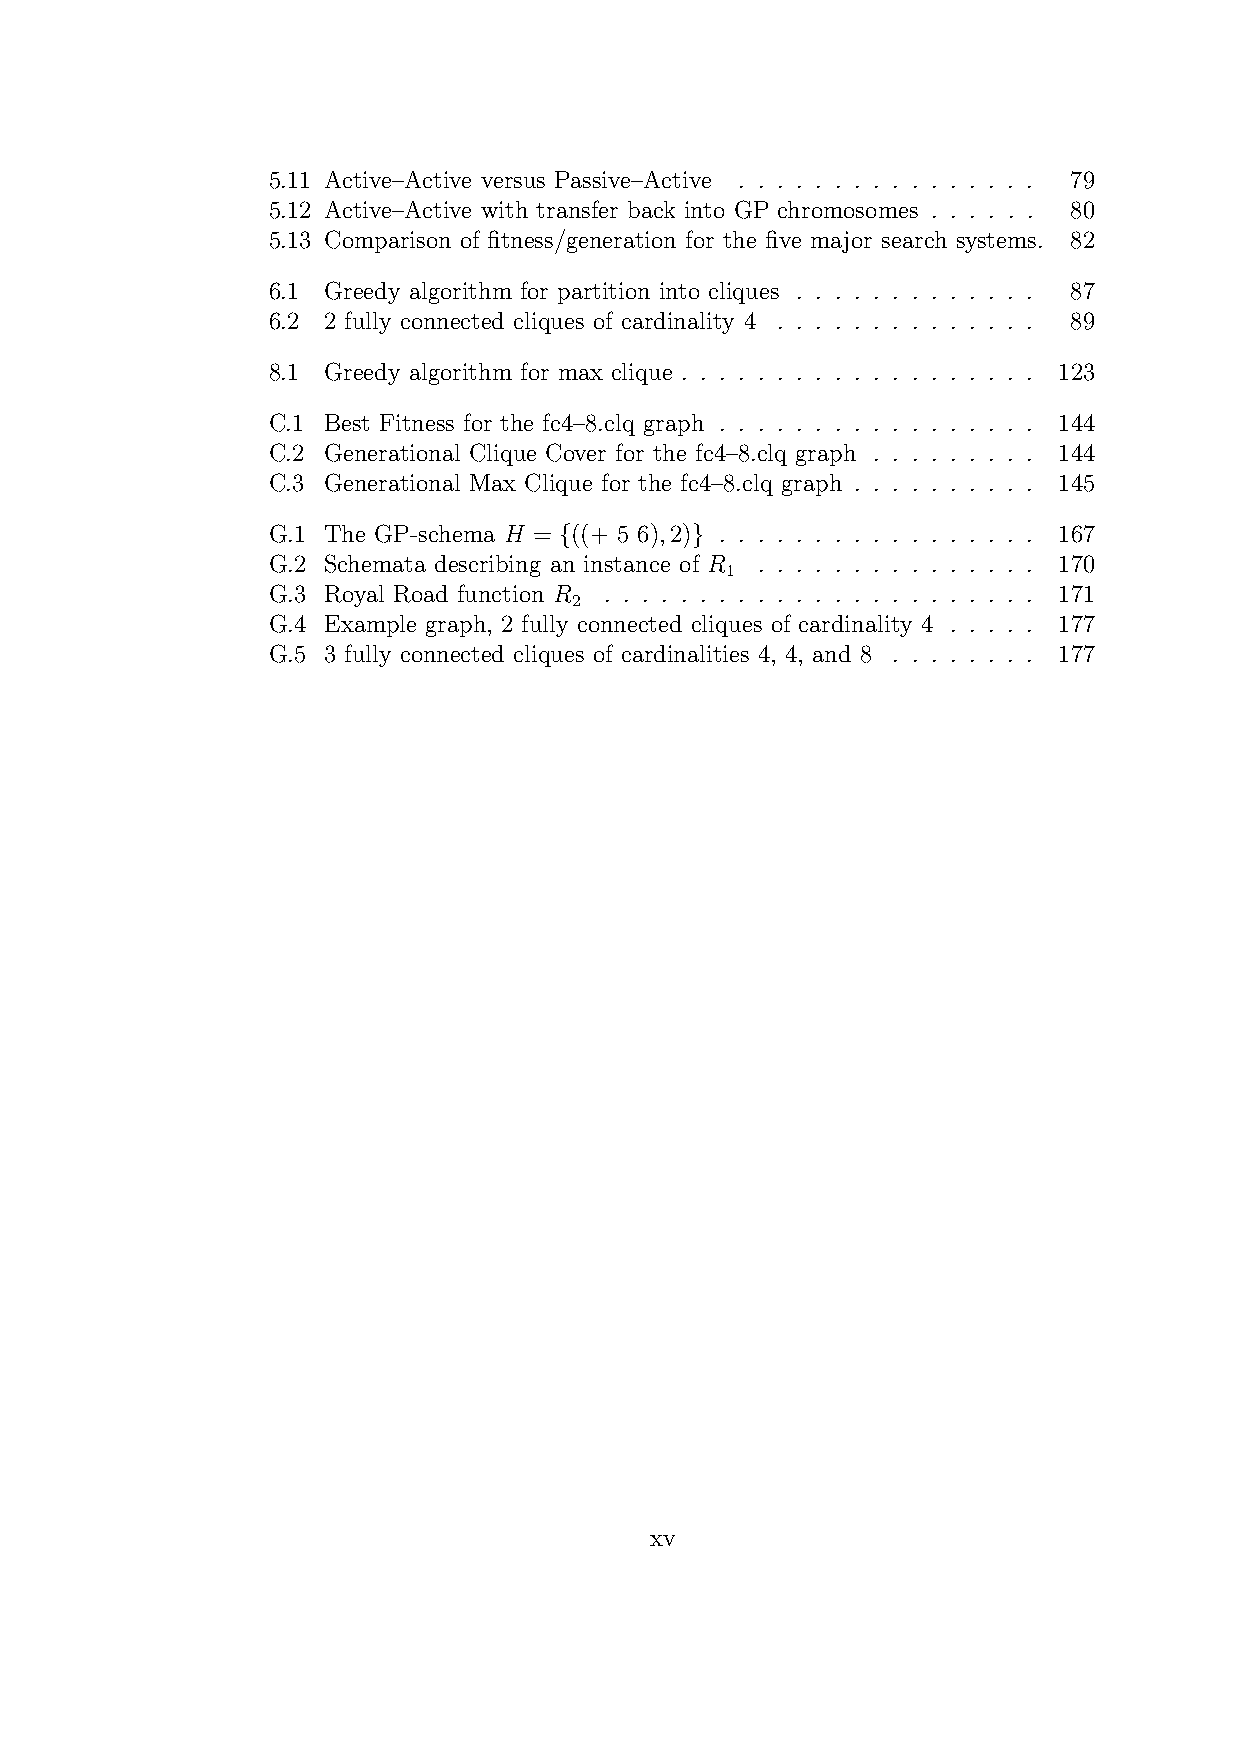
5.11 Active–Active versus Passive–Active . . . . . . . . . . . . . . . . 79
 5.12 Active–Active with transfer back into GP chromosomes . . . . . . 80
 5.13 Comparison of fitness/generation for the five major search systems. 82
 6.1 Greedy algorithm for partition into cliques . . . . . . . . . . . . . 87
 6.2 2 fully connected cliques of cardinality 4 . . . . . . . . . . . . . . 89
 8.1 Greedy algorithm for max clique . . . . . . . . . . . . . . . . . . . 123
 C.1 Best Fitness for the fc4–8.clq graph . . . . . . . . . . . . . . . . . 144
 C.2 Generational Clique Cover for the fc4–8.clq graph . . . . . . . . . 144
 C.3 Generational Max Clique for the fc4–8.clq graph . . . . . . . . . . 145
 G.1 The GP-schema H = {((+ 5 6),2)} . . . . . . . . . . . . . . . . . 167
 G.2 Schemata describing an instance of R . . . . . . . . . . . . . . . 170
 1
 G.3 Royal Road function R . . . . . . . . . . . . . . . . . . . . . . . 171
 2
 G.4 Example graph, 2 fully connected cliques of cardinality 4 . . . . . 177
 G.5 3 fully connected cliques of cardinalities 4, 4, and 8 . . . . . . . . 177
 xv